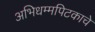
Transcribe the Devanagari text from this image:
अभिधम्मपिटकाचे